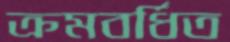
ক্রমবর্ধিত